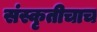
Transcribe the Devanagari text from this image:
संस्कृतीचाच